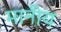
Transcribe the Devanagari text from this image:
मानीय